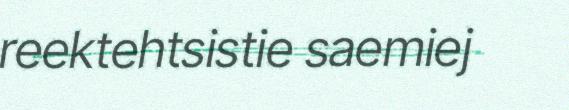
reektehtsistie saemiej